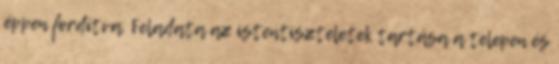
éppen fordítva. Feladata az istentiszteletek tartása a telepen és